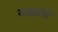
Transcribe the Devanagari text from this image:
नळाचे